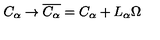
C _ { \alpha } \to \overline { { C _ { \alpha } } } = C _ { \alpha } + L _ { \alpha } \Omega